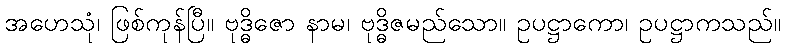
အဟေသုံ၊ ဖြစ်ကုန်ပြီ။ ဗုဒ္ဓိဇော နာမ၊ ဗုဒ္ဓိဇမည်သော။ ဥပဋ္ဌာကော၊ ဥပဋ္ဌာကသည်။